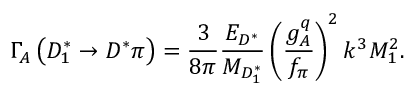
\Gamma _ { A } \left( D _ { 1 } ^ { * } \rightarrow D ^ { * } \pi \right) = { \frac { 3 } { 8 \pi } } { \frac { E _ { D ^ { * } } } { M _ { D _ { 1 } ^ { * } } } } \left( { \frac { g _ { A } ^ { q } } { f _ { \pi } } } \right) ^ { 2 } k ^ { 3 } { \cal M } _ { 1 } ^ { 2 } .